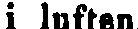
i luften.